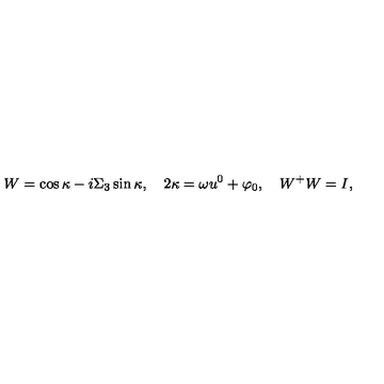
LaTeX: W = \cos \kappa - i \Sigma _ { 3 } \sin \kappa , \quad 2 \kappa = \omega u ^ { 0 } + \varphi _ { 0 } , \quad W ^ { + } W = I ,